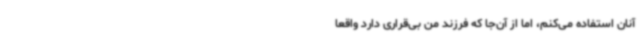
آنان استفاده می‌کنم، اما از آن‌جا که فرزند من بی‌قراری دارد واقعا